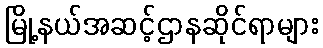
မြို့နယ်အဆင့်ဌာနဆိုင်ရာများ